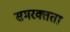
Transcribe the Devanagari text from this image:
समरक्तता